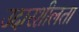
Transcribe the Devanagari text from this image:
उदारशीलता